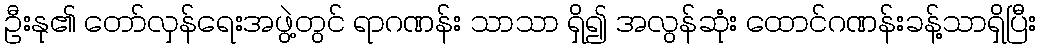
ဦးနု၏ တော်လှန်ရေးအဖွဲ့တွင် ရာဂဏန်း သာသာ ရှိ၍ အလွန်ဆုံး ထောင်ဂဏန်းခန့်သာရှိပြီး